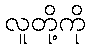
လူတို့ကို